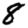
Digit: 8